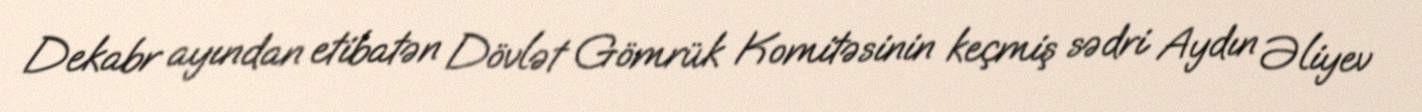
Dekabr ayından etibatən Dövlət Gömrük Komitəsinin keçmiş sədri Aydın Əliyev